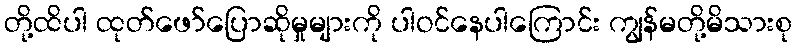
တို့ထိပါ ထုတ်ဖော်ပြောဆိုမှုများကို ပါဝင်နေပါကြောင်း ကျွန်မတို့မိသားစု